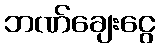
ဘဏ်ချေးငွေ